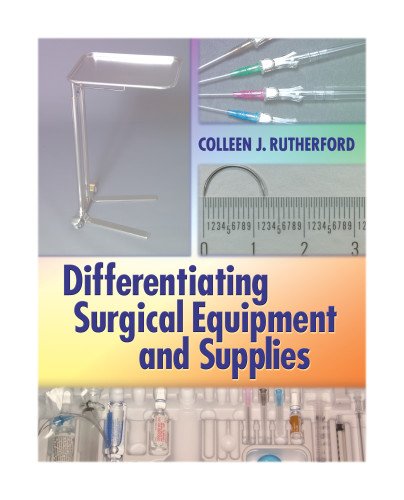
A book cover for Differentiating Surgical Equipment and Supplies; Colleen J. Rutherford RN  MS  CNOR; Medical Books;